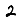
Digit: 2